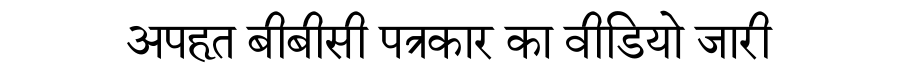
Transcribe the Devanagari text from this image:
अपहृत बीबीसी पत्रकार का वीडियो जारी